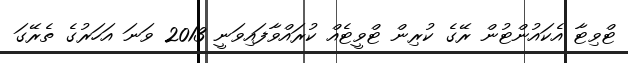
ޓްވިޓާ އެކައުންޓުން ރޭގެ ކުރިން ޓްވީޓެއް ކުރައްވާފައިވަނީ 2013 ވަނަ އަހަރުގެ ތެރޭގަ